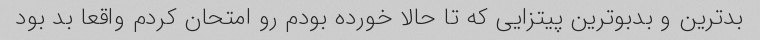
بدترین و بدبوترین پیتزایی که تا حالا خورده بودم رو امتحان کردم واقعا بد بود